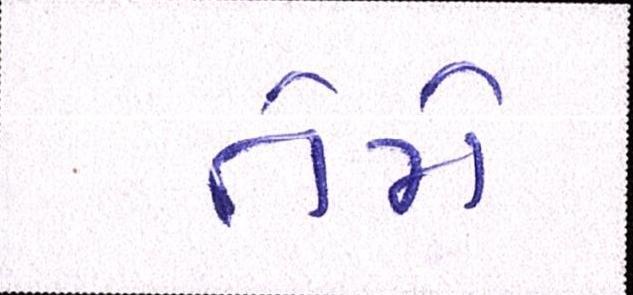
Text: તેમે